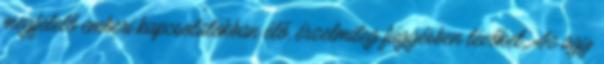
megfelelő emberi kapcsolatokban élő, érzelmileg függésben lévőket. Az agy